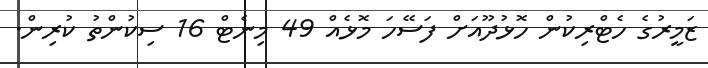
ޒަމީރުގެ ހެޓްރިކުން ހޮޅުދޫއަށް ފަސޭހަ މޮޅެއް 49 މިނެޓް 16 ސިކުންތު ކުރިން.